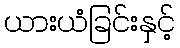
ယားယံခြင်းနှင့်